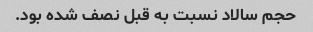
حجم سالاد نسبت به قبل نصف شده بود.